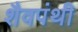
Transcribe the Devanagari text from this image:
शैवपंथी